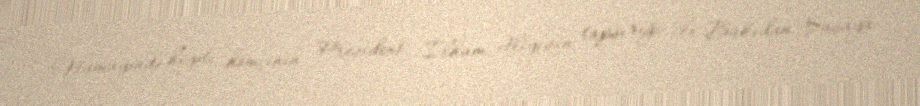
Nümayəndə heyəti həmçinin Prezident İlham Əliyevin tapşırığı ilə Bakıdan Şuşaya